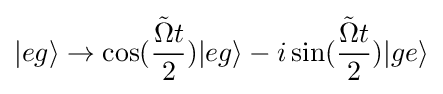
|eg\rangle \rightarrow \cos({\frac {{\tilde {\Omega }}t}{2}})|eg\rangle -i\sin({\frac {{\tilde {\Omega }}t}{2}})|ge\rangle